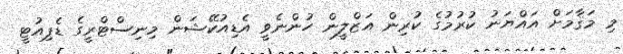
މި މަޤާމަށް އައްޔަނު ކުރުމުގެ ކުރިން އަޒްލީން ހުންނެވީ އެޑިއުކޭޝަން މިނިސްޓްރީގެ ޑެޕިއުޓީ